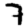
Digit: 7